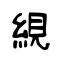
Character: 絸